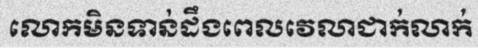
លោកមិនទាន់ដឹងពេលវេលាជាក់លាក់